Indian Civil Veterinary Department memoirs
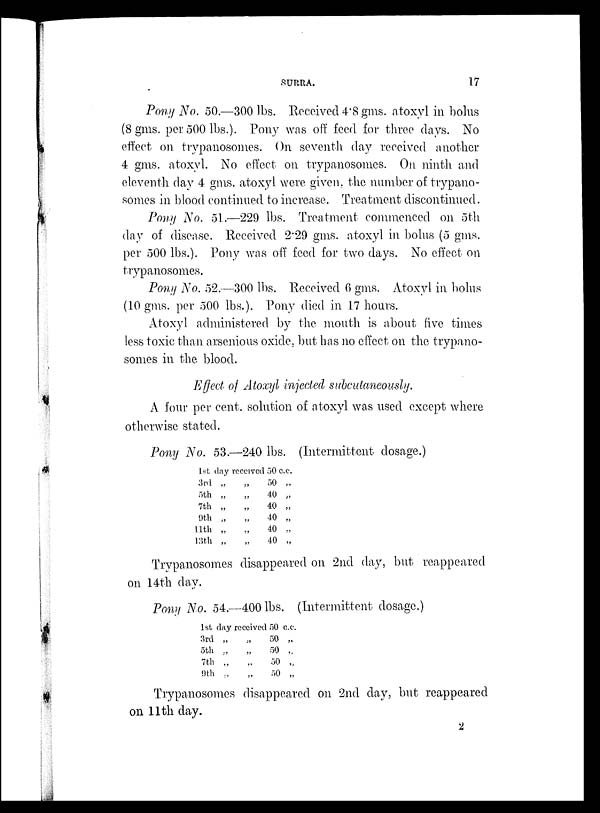
SURRA.
17
Pony No. 50.—300 lbs. Received 4.8 gms. atoxyl in bolus
(8 gms. per 500 lbs.). Pony was off feed for three days. No
effect on trypanosomes. On seventh day received another
4 gms. atoxyl. No effect on trypanosomes. On ninth and
eleventh day 4 gms. atoxyl were given, the number of trypano-
somes in blood continued to increase. Treatment discontinued.
Pony No. 51.—229 lbs. Treatment commenced on 5th
day of disease. Received 2.29 gms. atoxyl in bolus (5 gms.
per 500 lbs.). Pony was off feed for two days. No effect on
trypanosomes.
Pony No. 52.—300 lbs. Received 6 gms. Atoxyl in bolus
(10 gms. per 500 lbs.). Pony died in 17 hours.
Atoxyl administered by the mouth is about five times
less toxic than arsenious oxide, but has no effect on the trypano-
somes in the blood.
Effect of Atoxyl injected subcutaneously.
A four per cent. solution of atoxyl was used except where
otherwise stated.
Pony No. 53.—240 lbs. (Intermittent dosage.)
1st day received 50 c.c.
3rd „
5th „
7th „
9th „
11th „
13th „
„
„
„
„
„
„
50 „
40 „
40 „
40 „
40 „
40 „
Trypanosomes disappeared on 2nd day, but reappeared
on 14th day.
Pony No. 54.—400 lbs. (Intermittent dosage.)
1st day received 50 c.c.
3rd „
5th „
7th „
9th „
„
„
„
50 „
50 „
50 „
50 „
Trypanosomes disappeared on 2nd day, but reappeared
on 11th day.
2